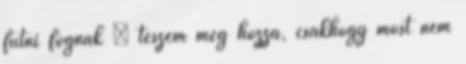
futni fognak – teszem még hozzá, csakhogy most nem